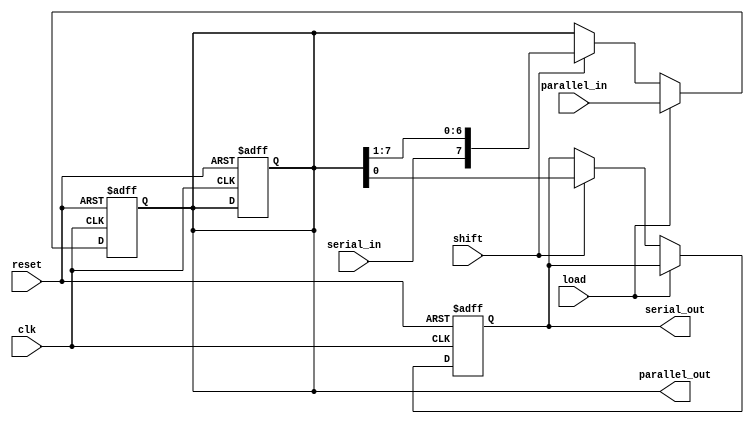
module shift_register #(
    parameter WIDTH = 8 // Width of the shift register
)(
    input wire clk,                // Clock signal
    input wire reset,              // Asynchronous reset
    input wire load,               // Load enable signal
    input wire shift,              // Shift enable signal
    input wire serial_in,          // Serial input data
    input wire [WIDTH-1:0] parallel_in, // Parallel input data
    output reg serial_out,         // Serial output data
    output reg [WIDTH-1:0] parallel_out // Parallel output data
);

    // Internal shift register storage
    reg [WIDTH-1:0] shift_reg;

    // Asynchronous reset and operation on clock edge
    always @(posedge clk or posedge reset) begin
        if (reset) begin
            // Initialize shift register to zero on reset
            shift_reg <= {WIDTH{1'b0}};
            serial_out <= 1'b0;
            parallel_out <= {WIDTH{1'b0}};
        end else begin
            if (load) begin
                // Load parallel data into the shift register
                shift_reg <= parallel_in;
            end else if (shift) begin
                // Shift operation
                serial_out <= shift_reg[0]; // Output the first bit
                shift_reg <= {serial_in, shift_reg[WIDTH-1:1]}; // Shift left
            end
        end
    end

    // Parallel output assignment
    always @(*) begin
        parallel_out = shift_reg; // Output the current state of the shift register
    end

endmodule